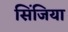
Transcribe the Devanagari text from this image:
सिंजिया